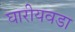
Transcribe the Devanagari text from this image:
घारीयवडा